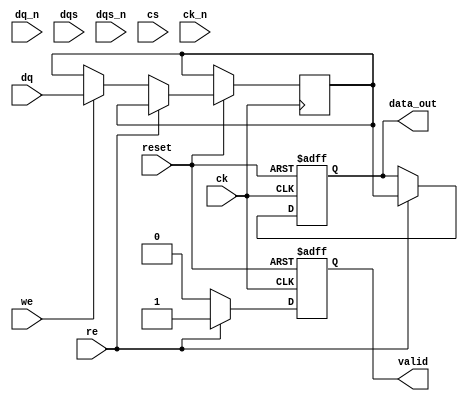
module gddr3_io_block (
    input wire [DQ_WIDTH-1:0] dq,          // Data lines (DQ)
    input wire [DQ_WIDTH-1:0] dq_n,        // Inverted data lines (DQ#)
    input wire [DQS_WIDTH-1:0] dqs,        // Data strobe lines (DQS)
    input wire [DQS_WIDTH-1:0] dqs_n,      // Inverted data strobe lines (DQS#)
    input wire cs,                          // Chip Select (CS)
    input wire we,                          // Write Enable (WE)
    input wire re,                          // Read Enable (RE)
    input wire ck,                          // Clock (CK)
    input wire ck_n,                        // Inverted Clock (CK#)
    input wire reset,                       // Reset signal
    output reg [DQ_WIDTH-1:0] data_out,    // Output data
    output reg valid                        // Data valid signal
);

// Parameters
parameter DQ_WIDTH = 16;                  // Width of data bus
parameter DQS_WIDTH = DQ_WIDTH / 2;       // Width of data strobe bus

// Internal signals
reg [DQ_WIDTH-1:0] data_in;
reg [DQS_WIDTH-1:0] dqs_sync;
reg [DQS_WIDTH-1:0] dqs_n_sync;

// Clock management
always @(posedge ck or negedge reset) begin
    if (!reset) begin
        data_out <= 0;
        valid <= 0;
    end else begin
        if (re) begin
            // Read operation
            data_out <= data_in;
            valid <= 1;
        end else if (we) begin
            // Write operation
            data_in <= dq; // Capture data on write
            valid <= 0;
        end else begin
            valid <= 0; // No operation
        end
    end
end

// DQS synchronization
always @(posedge ck or negedge reset) begin
    if (!reset) begin
        dqs_sync <= 0;
        dqs_n_sync <= 0;
    end else begin
        dqs_sync <= dqs; // Capture DQS on rising edge
        dqs_n_sync <= dqs_n; // Capture DQS# on rising edge
    end
end

// Signal conditioning (example: simple termination)
wire [DQ_WIDTH-1:0] dq_terminated;
assign dq_terminated = dq; // Placeholder for actual termination logic

// Error detection (example: simple parity check)
wire parity_error;
assign parity_error = ^data_in ^ ^dq; // Simple parity check

// Configuration and control logic (simplified)
reg [3:0] config_reg; // Configuration register
always @(posedge ck or negedge reset) begin
    if (!reset) begin
        config_reg <= 4'b0000; // Default configuration
    end else begin
        // Configuration logic (to be defined)
    end
end

endmodule